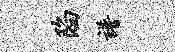
陷谱